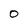
Character: 0